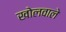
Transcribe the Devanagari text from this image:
खोलवाले